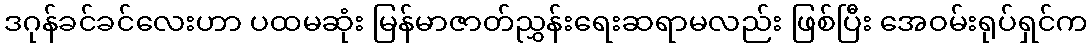
ဒဂုန်ခင်ခင်လေးဟာ ပထမဆုံး မြန်မာဇာတ်ညွှန်းရေးဆရာမလည်း ဖြစ်ပြီး အေဝမ်းရုပ်ရှင်က